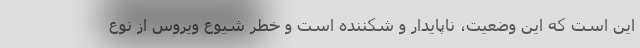
این است که این وضعیت، ناپایدار و شکننده است و خطر شیوع ویروس از نوع